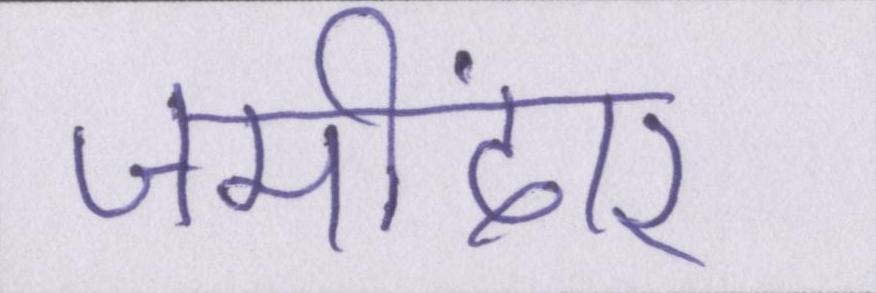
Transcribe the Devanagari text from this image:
जमींदार